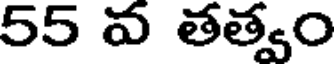
55 వ తత్వం